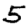
Digit: 5